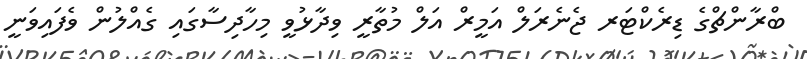
ބްރާންޗްގެ ޑިރެކްޓަރ ޖެނެރަލް އަމީރް އަލް މުތާރީ ވިދާޅުވީ މިހާދިސާގައި ގެއްލުން ވެފައިވަނީ